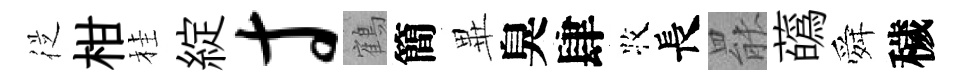
従柑桂綻寸鶴簡𭺾臭肆牧長罷蘤舜穢